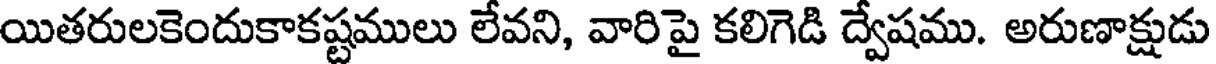
యితరులకెందుకాకష్టములు లేవని, వారిపై కలిగెడి ద్వేషము. అరుణాక్షుడు